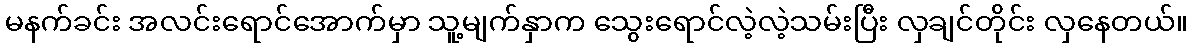
မနက်ခင်း အလင်းရောင်အောက်မှာ သူ့မျက်နှာက သွေးရောင်လဲ့လဲ့သမ်းပြီး လှချင်တိုင်း လှနေတယ်။